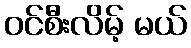
ဝင်စီးလိမ့် မယ်